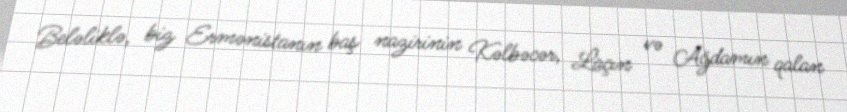
Beləliklə, biz Ermənistanın baş nazirinin Kəlbəcər, Laçın və Ağdamın qalan